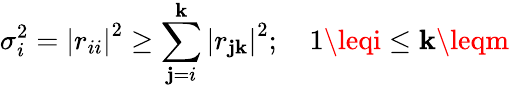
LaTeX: \sigma_{i}^{2}=\left|r_{ii}\right|^{2}\geq\sum_{\mathbf{j}=i}^{\mathbf{k}}\left|r_{\mathbf{j}\mathbf{k}}\right|^{2};\quad1\leqi\leq\mathbf{k}\leqm